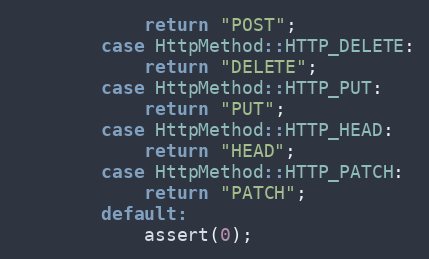
Language: C++
            return "POST";
        case HttpMethod::HTTP_DELETE:
            return "DELETE";
        case HttpMethod::HTTP_PUT:
            return "PUT";
        case HttpMethod::HTTP_HEAD:
            return "HEAD";
        case HttpMethod::HTTP_PATCH:
            return "PATCH";
        default:
            assert(0);